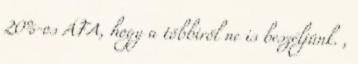
20%-os ÁFA, hogy a többiről ne is beszéljünk. ,